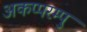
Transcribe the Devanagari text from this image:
अकप्परम्पु